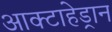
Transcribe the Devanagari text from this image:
आक्टाहेड्रान